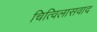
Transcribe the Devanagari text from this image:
चित्विलासवाद